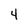
Character: 4